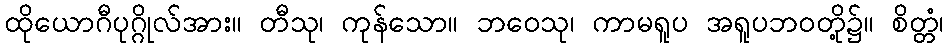
ထိုယောဂီပုဂ္ဂိုလ်အား။ တီသု၊ ကုန်သော။ ဘဝေသု၊ ကာမရူပ အရူပဘဝတို့၌။ စိတ္တံ၊